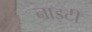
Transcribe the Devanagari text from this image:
नाइटी